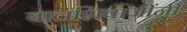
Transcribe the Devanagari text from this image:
बालशिवाजींनी